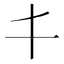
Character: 𠀆